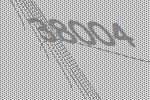
38004